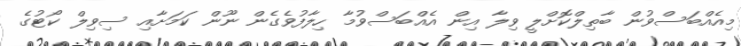
މިއެއްބަސްވުން ބާތިލްކޮށްލީ ވިލާ އިން އެއްބަސްވުމާ ހިލާފުވެގެން ނޫން ކަމަށާއި ސިވިލް ކޯޓުގެ